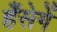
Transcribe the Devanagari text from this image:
हँसेगें